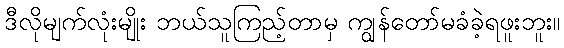
ဒီလိုမျက်လုံးမျိုး ဘယ်သူကြည့်တာမှ ကျွန်တော်မခံခဲ့ရဖူးဘူး။